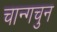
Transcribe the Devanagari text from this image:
चान्गचुन